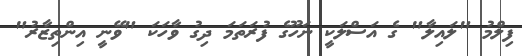
ފިލްމު "ލައިލާ" ގެ އަސްލަކީ ނަހޫގެ ފުރަތަމަ ދިގު ވާހަކަ "ވޭނީ އިންތިޒާރު"